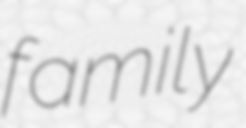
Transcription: family